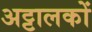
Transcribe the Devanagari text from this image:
अट्टालकों